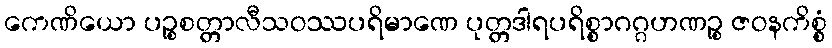
ကေဏိယော ပဉ္စစတ္တာလီသဝဿပရိမာဏေ ပုတ္တဒါရပရိစ္စာဂဂ္ဂဟဏဉ္စ ဇဝနကိစ္စံ